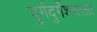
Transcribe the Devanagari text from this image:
दुर्गदुर्गेश्वराला